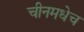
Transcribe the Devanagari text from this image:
चीनमधेच